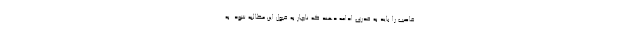
غاصب را باید به قدری ادامه دهند که ناچار به قبول این مطالبه شود. به